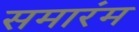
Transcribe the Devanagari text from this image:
समारंम